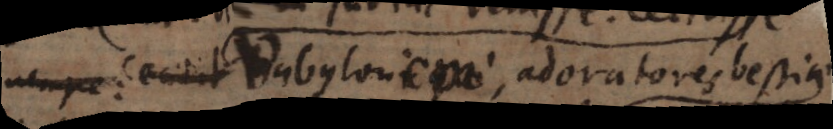
Babylonem, adoratores bestiae